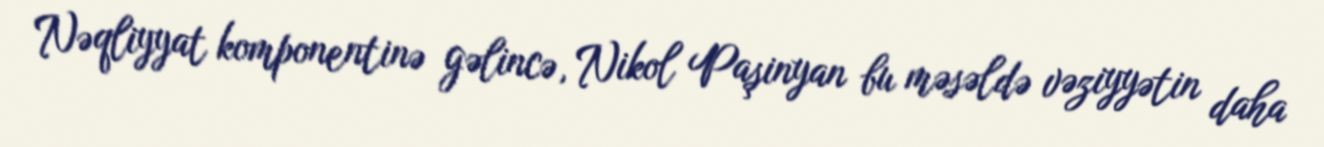
Nəqliyyat komponentinə gəlincə, Nikol Paşinyan bu məsəldə vəziyyətin daha